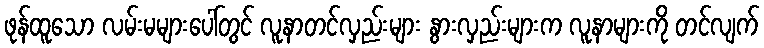
ဖုန်ထူသော လမ်းမများပေါ်တွင် လူနာတင်လှည်းများ နွားလှည်းများက လူနာများကို တင်လျက်